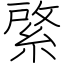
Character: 綮